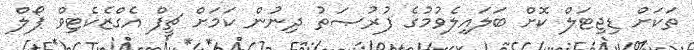
ތަކަށް ޑިޖިޓަލް ކޮށް ބަލައިލެވުމުގެ ފުރުޞަތު ދިނުން ކަމަށް ޗީފް އެގްޒެކެޓިވް ޕޯލް